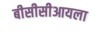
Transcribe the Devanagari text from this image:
बीसीसीआयला